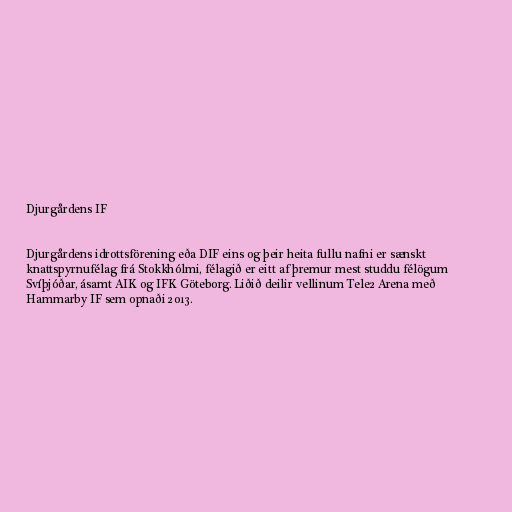
Djurgårdens IF

Djurgårdens idrottsförening eða DIF eins og þeir heita fullu nafni er sænskt
knattspyrnufélag frá Stokkhólmi, félagið er eitt af þremur mest studdu félögum
Svíþjóðar, ásamt AIK og IFK Göteborg. Liðið deilir vellinum Tele2 Arena með
Hammarby IF sem opnaði 2013.